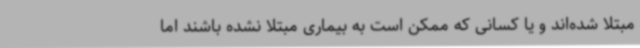
مبتلا شده‌اند و یا کسانی که ممکن است به بیماری مبتلا نشده باشند اما